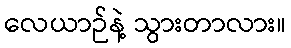
လေယာဉ်နဲ့ သွားတာလား။